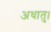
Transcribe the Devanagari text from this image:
अधातु।